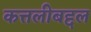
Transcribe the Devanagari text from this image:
कत्तलीबद्दल